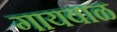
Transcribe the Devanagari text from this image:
गायवाळ